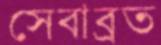
সেবাব্রত